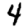
Digit: 4